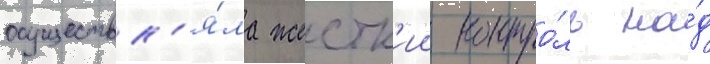
осуществл'я́ла жестк'ии контро́ль на́д